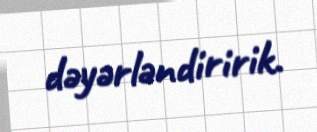
dəyərləndiririk.